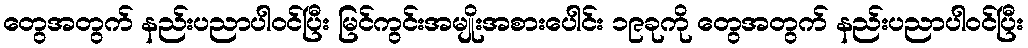
တွေအတွက် နည်းပညာပါဝင်ပြီး မြင်ကွင်းအမျိုးအစားပေါင်း ၁၉ခုကို တွေအတွက် နည်းပညာပါဝင်ပြီး